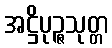
အဋ္ဌိပုဉ္ဇသုတ္တ